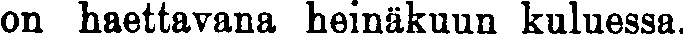
on haettavana heinäkuun kuluessa.